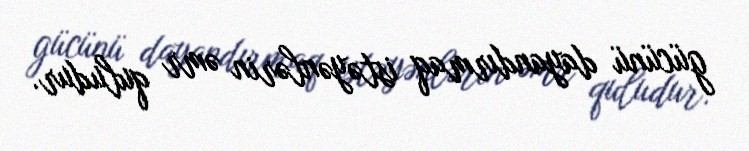
gücünü dayandırmaq istəyənlərin əmr quludur.